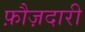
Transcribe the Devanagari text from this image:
फ़ौज़दारी